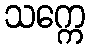
သက္ကေ